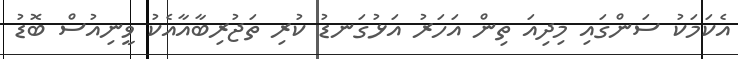
އެކަމަކު ސަންގައި މިދިއަ ތިން އަހަރު އަޅުގަނޑު ކުރި ތަޖުރިބާއާއެކު ވީނިއުސް ބޮޑު